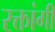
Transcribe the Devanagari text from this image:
रक्तांगी